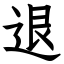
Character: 退